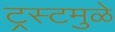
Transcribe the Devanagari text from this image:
ट्रस्टमुळे